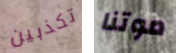
تكذبين موتنا